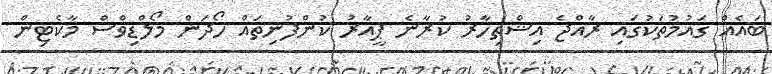
ބައެއް ގައުމުތަކުގައި ރާއްޖެ އިޝްތިހާރު ކުރާނެ ޕީއާރު ކުންފުނިތައް ހޯދަން މޯލްޑިވްސް މާކެޓިން